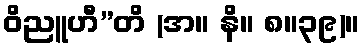
ဝိညူဟီ”တိ (အ။ နိ။ ၈။၃၉)။